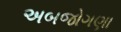
અબજોગણા